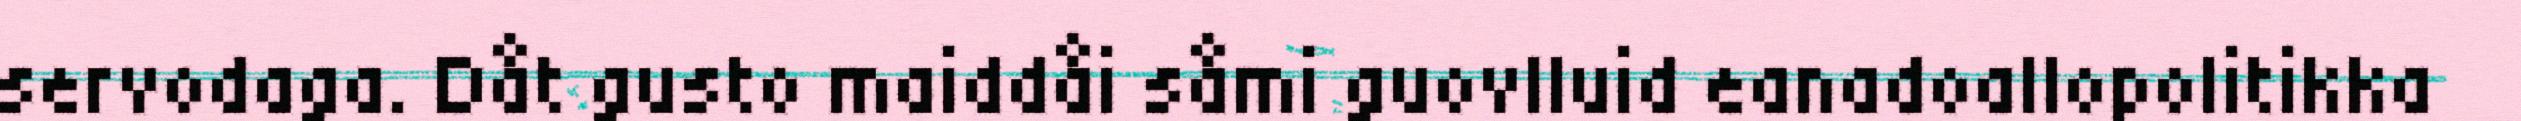
servodaga. Dåt gusto maiddåi såmi guovlluid eanadoallopolitikka